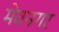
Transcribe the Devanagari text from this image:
मेवनगर